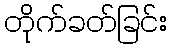
တိုက်ခတ်ခြင်း